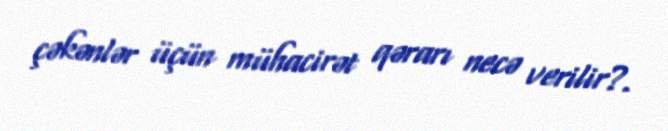
çəkənlər üçün mühacirət qərarı necə verilir?.